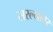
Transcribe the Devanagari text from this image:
सरल्यावर